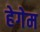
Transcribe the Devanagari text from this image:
हेगेम